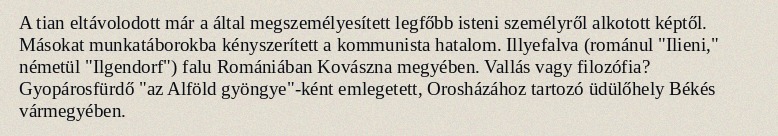
A tian eltávolodott már a által megszemélyesített legfőbb isteni személyről alkotott képtől. Másokat munkatáborokba kényszerített a kommunista hatalom. Illyefalva (románul "Ilieni," németül "Ilgendorf") falu Romániában Kovászna megyében. Vallás vagy filozófia? Gyopárosfürdő "az Alföld gyöngye"-ként emlegetett, Orosházához tartozó üdülőhely Békés vármegyében.